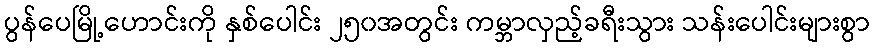
ပွန်ပေမြို့ဟောင်းကို နှစ်ပေါင်း ၂၅၀အတွင်း ကမ္ဘာလှည့်ခရီးသွား သန်းပေါင်းများစွာ